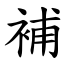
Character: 補